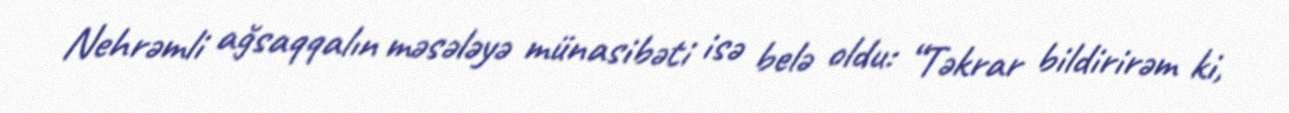
Nehrəmli ağsaqqalın məsələyə münasibəti isə belə oldu: “Təkrar bildirirəm ki,